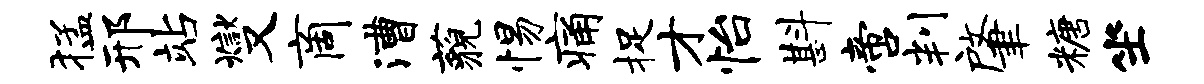
猛邢站燮商漕藐惕痛捉才怡斟啻判肇糖坐